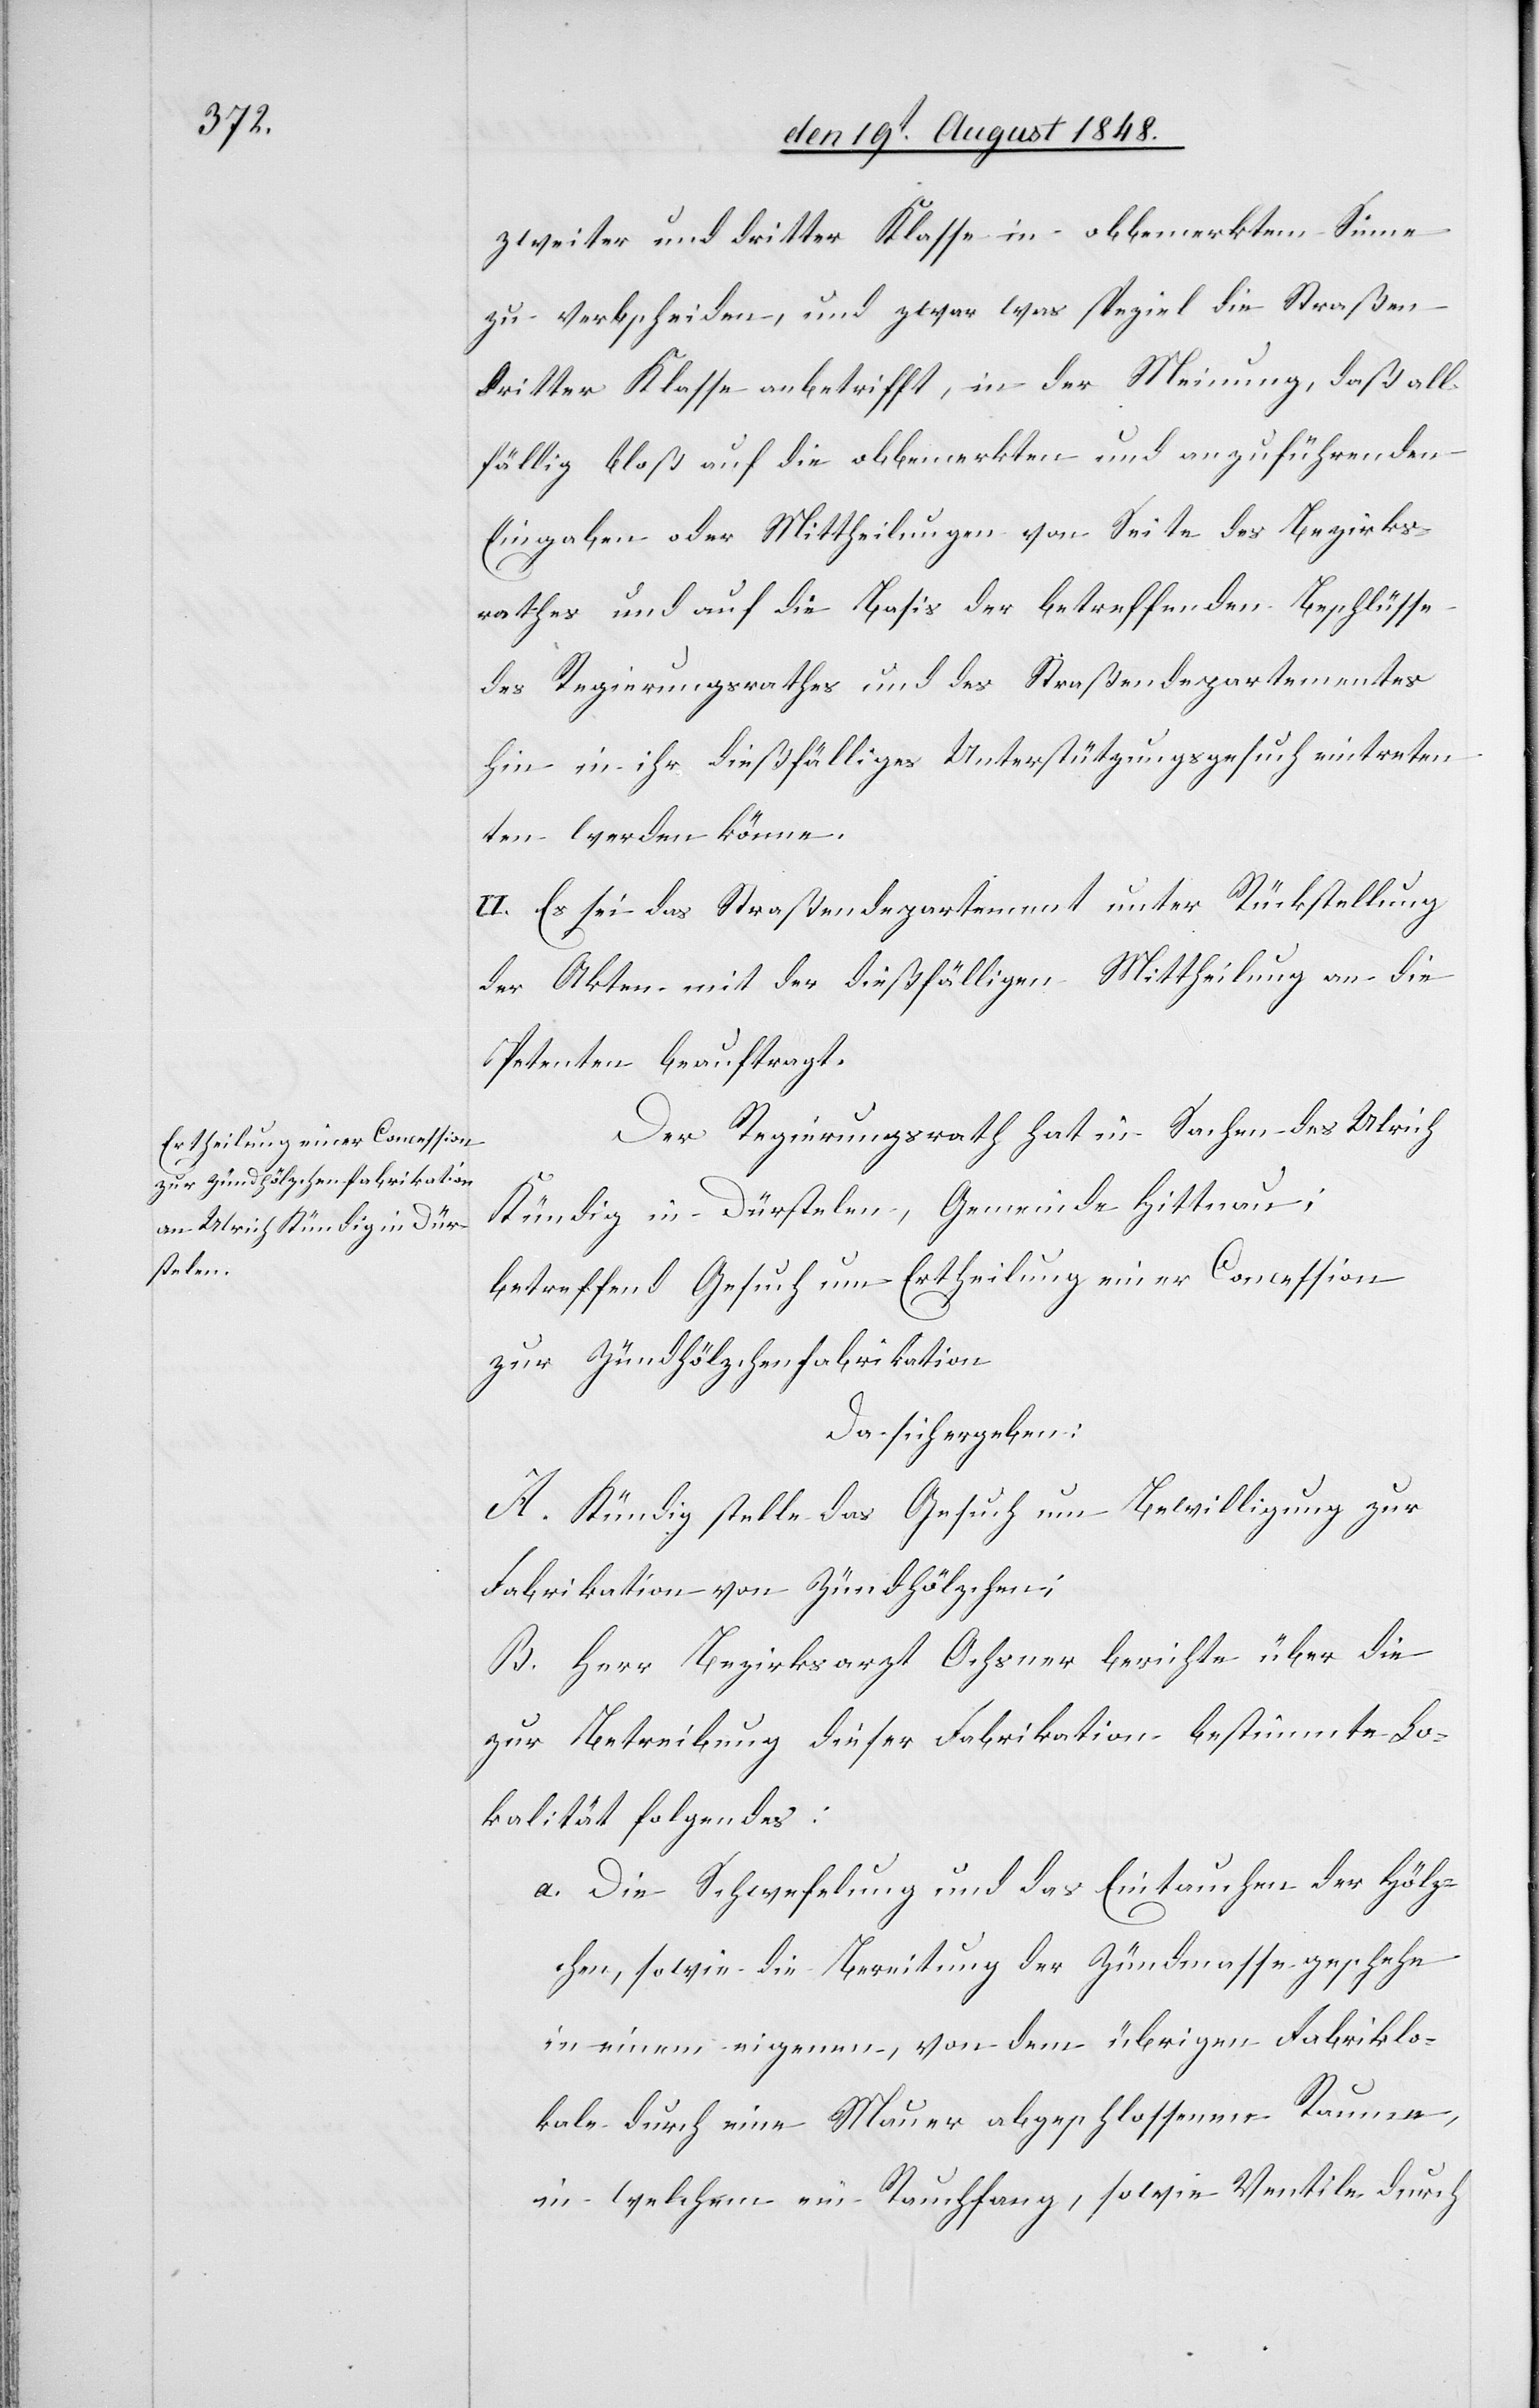
zur Zündhölzchenfabrikation

zweiter und dritter Klasse in obbemerktem Sinne
zu verbscheiden, und zwar was speziel die Straßen
dritter Klasse anbetrifft, in der Meinung, daß all¬
fällig bloß auf die obbemerkten und anzuführenden
Eingaben oder Mittheilungen von Seite des Bezirks¬
rathes und auf die Basis der betreffenden Beschlüsse
des Regierungsrathes und des Straßendepartementes
hin in ihr dießfälliges Unterstützungsgesuch eintretenten
werden könne.
II. Es sei das Straßendepartement unter Rückstellung
der Akten mit der dießfälligen Mittheilung an die
Petenten beauftragt.
Der Regierungsrath hat in Sachen des Ulrich
Kündig in Dürstelen, Gemeinde Hittnau;
betreffend Gesuch um Ertheilung einer Concession
Da sich ergeben:
A. Kündig stelle das Gesuch um Bewilligung zur
Fabrikation von Zündhölzchen;
B. Herr Bezirksrath Ochsner berichte über die
zur Betreibung dieser Fabrikation bestimmte Lo¬
kalität folgendes:
a. Die Schwefelung und das Eintauchen der Hölz¬
chen, sowie die Bereitung der Zündmasse geschehe
in einem eigenen, von dem übrigen Fabriklo¬
kale durch eine Mauer abgeschlossenen Raume,
in welchem ein Rauchfang, sowie Ventile durch